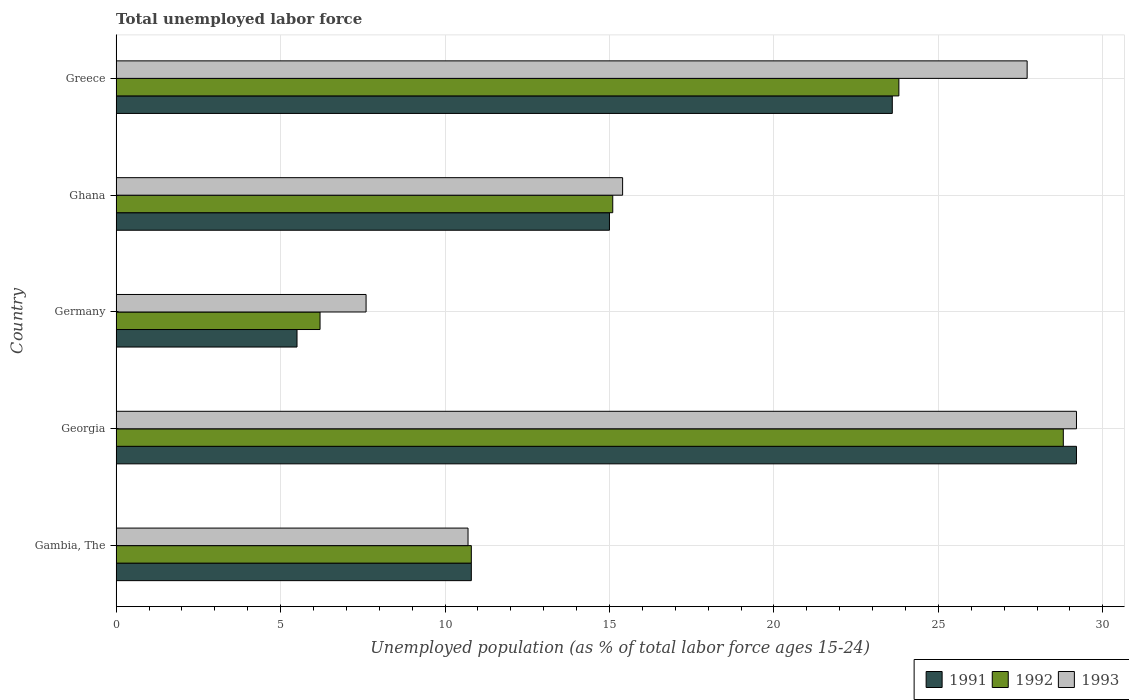
| Country | 1991 | 1992 | 1993 |
 | --- | --- | --- | --- |
 | Gambia, The | 10.8 | 10.8 | 10.7 |
 | Georgia | 29.2 | 28.8 | 29.2 |
 | Germany | 5.5 | 6.2 | 7.6 |
 | Ghana | 15 | 15.1 | 15.4 |
 | Greece | 23.6 | 23.8 | 27.7 |